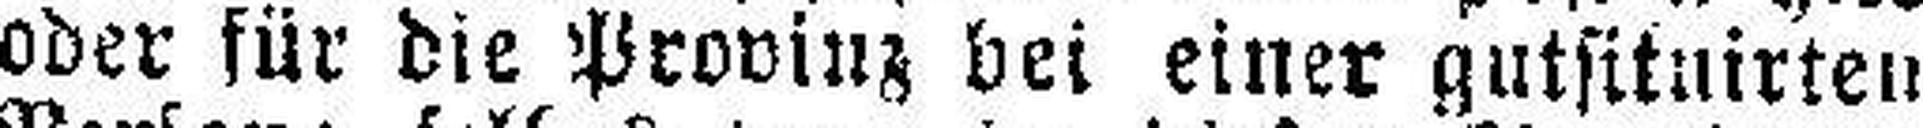
oder für die Provinz bei einer gutsituirten